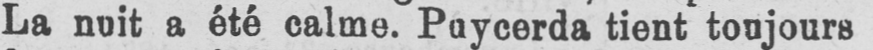
tient toujours